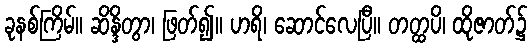
ခုနစ်ကြိမ်။ ဆိန္ဒိတွာ၊ ဖြတ်၍။ ဟရိ၊ ဆောင်လေပြီ။ တတ္ထပိ၊ ထိုဇာတ်၌